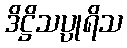
ဒိဋ္ဌိသပ္ပုရိသ